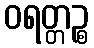
ဝရတ္တဉ္စ